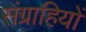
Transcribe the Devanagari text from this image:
संग्राहियों